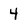
Character: 4